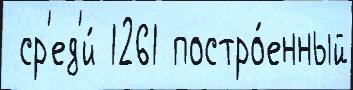
 ср'ед'и́ 1261 постро́енный